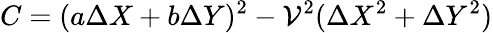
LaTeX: C=(a\Delta{X}+b\Delta{Y})^{2}-\mathcal{V}^{2}(\Delta{X}^{2}+\Delta{Y}^{2})